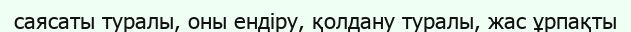
саясаты туралы, оны ендіру, қолдану туралы, жас ұрпақты